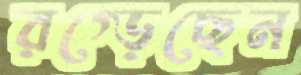
রগ্‌ড়েছেন